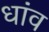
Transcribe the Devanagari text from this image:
धांव